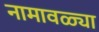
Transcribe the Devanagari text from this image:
नामावळ्या